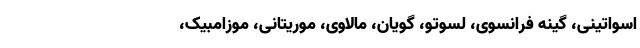
اسواتینی، گینه فرانسوی، لسوتو، گویان، مالاوی، موریتانی، موزامبیک،